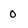
Character: 0